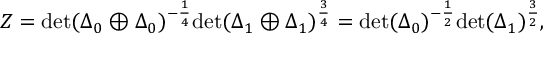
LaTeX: Z = \mathrm { d e t } ( \Delta _ { 0 } \oplus \Delta _ { 0 } ) ^ { - \frac { 1 } { 4 } } \mathrm { d e t } ( \Delta _ { 1 } \oplus \Delta _ { 1 } ) ^ { \frac { 3 } { 4 } } = \mathrm { d e t } ( \Delta _ { 0 } ) ^ { - \frac { 1 } { 2 } } \mathrm { d e t } ( \Delta _ { 1 } ) ^ { \frac { 3 } { 2 } } ,